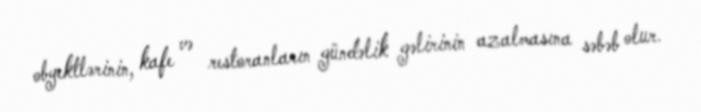
obyektlərinin, kafe və restoranların gündəlik gəlirinin azalmasına səbəb olur.